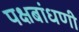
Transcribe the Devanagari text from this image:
पक्षबांधणी